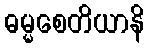
ဓမ္မစေတိယာနိ